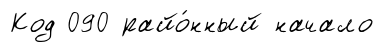
Код 090 райо́нный начало